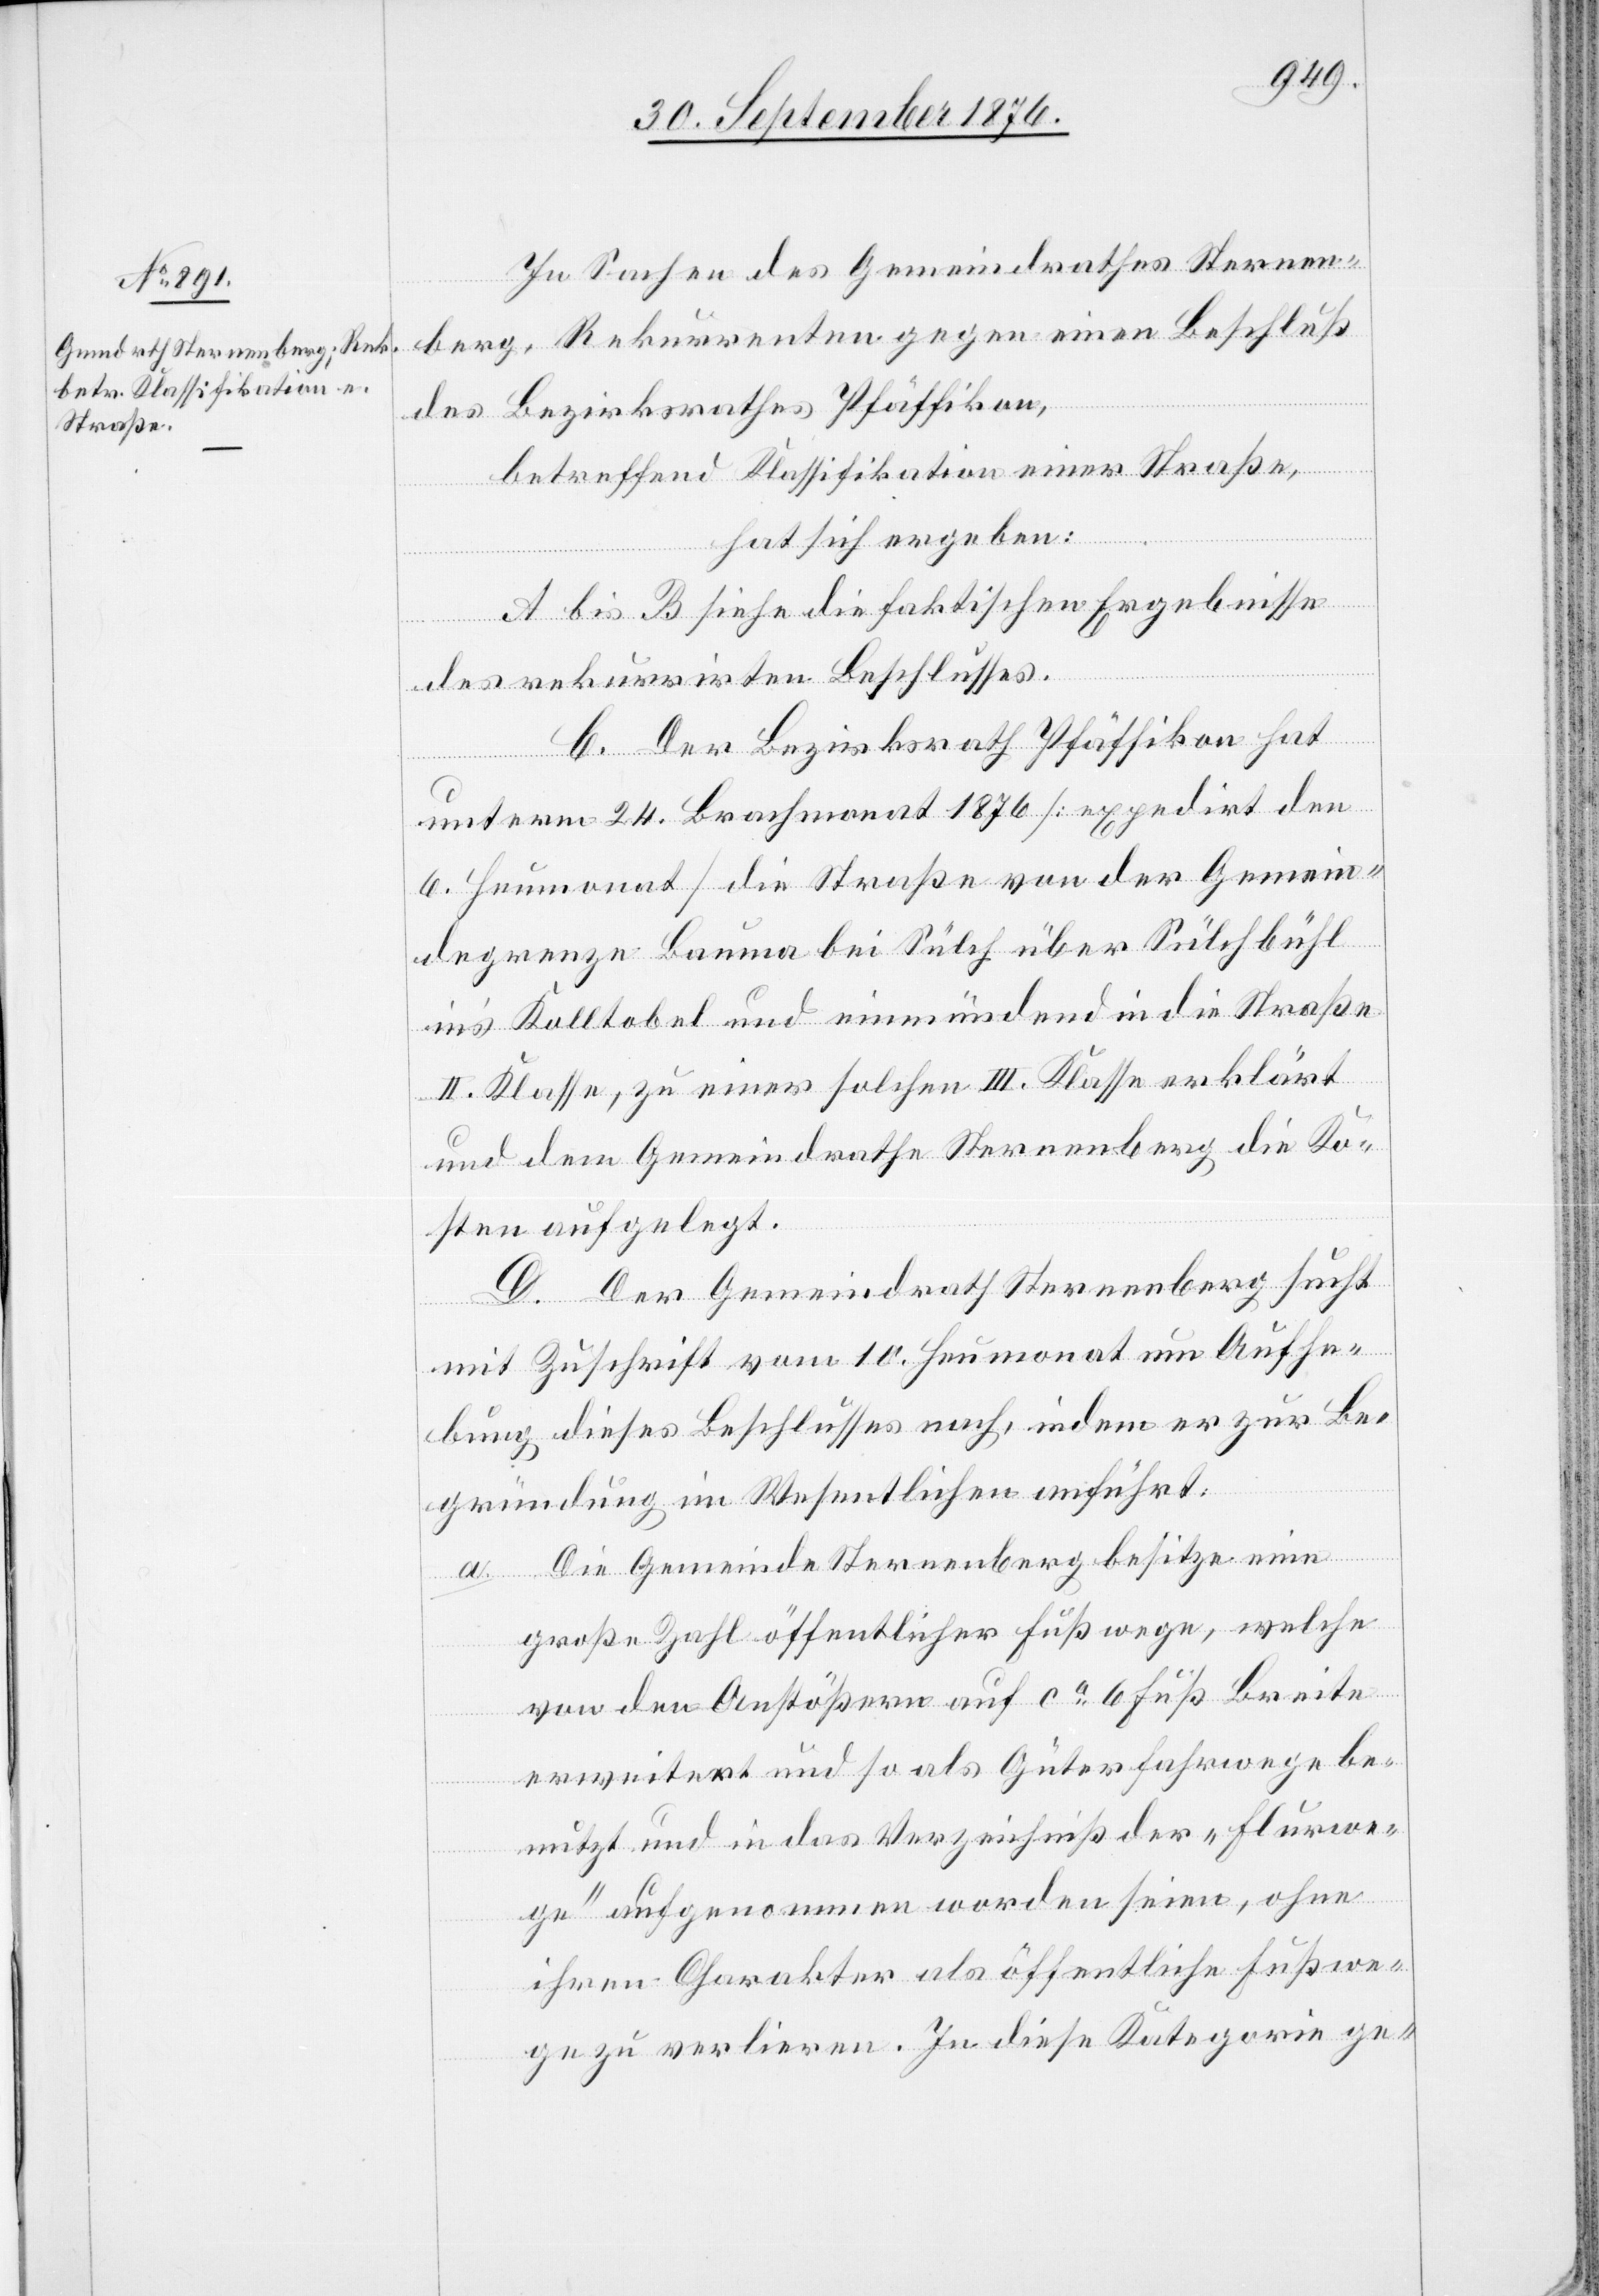
In Sachen des Gemeindrathes Sternen¬
berg, Rekurrenten gegen einen Beschluß
des Bezirksrathes Pfäffikon,
betreffend Klassifikation einer Straße,
hat sich ergeben:
A bis B siehe die faktischen Ergebnisse
des rekurrirten Beschlusses.
a.
C. Der Bezirksrath Pfäffikon hat
unter 24. Brachmonat 1876 [expedirt den
6. Heumonat] die Straße von der Gemein¬
degrenze Bauma bei Sülch über Sülchbühl
in’s Kolltobel und einmündend in die Straße
II. Klasse, zu einer solchen III. Klasse erklärt
und dem Gemeindrathe Sternenberg die Ko¬
sten aufgelegt.
D. Der Gemeindrath Sternenberg sucht
mit Zuschrift vom 10. Heumonat um Aufhe¬
bung dieses Beschlusses nach, indem er zur Be¬
gründung im Wesentlichen anführt:
Die Gemeinde Sternenberg besitze eine
große Zahl öffentlicher Fußwege, welche
von den Anstößern auf ca 6 Fuß Breite
erweitert und so als Güterfahrwege be¬
nutzt und in das Verzeichniß der „Flurwe¬
ge“ aufgenommen worden seien, ohne
ihren Charakter als öffentliche Fußwe¬
ge zu verlieren. In diese Kategorie ge-